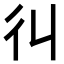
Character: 𢒾